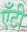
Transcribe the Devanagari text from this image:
एँटी